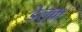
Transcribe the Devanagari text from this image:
डेलुक